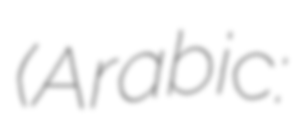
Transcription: (Arabic: